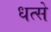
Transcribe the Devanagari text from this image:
धत्से